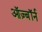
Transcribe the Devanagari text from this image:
ऑज़्बॉर्न